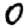
Digit: 0